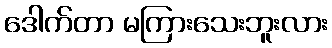
ဒေါက်တာ မကြားသေးဘူးလား